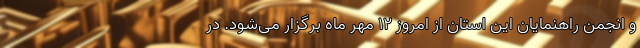
و انجمن راهنمایان این استان از امروز ۱۲ مهر ماه برگزار می‌شود. در